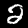
Label: 2